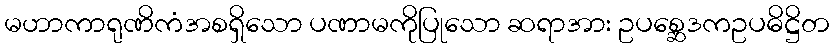
မဟာကာရုဏိကံအစရှိသော ပဏာမကိုပြုသော ဆရာအား ဥပစ္ဆေဒကဥပဓိဋ္ဌိတ